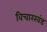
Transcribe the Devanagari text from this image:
विचारखंड